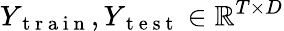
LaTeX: Y_{\mathrm{~t~r~a~i~n~}},Y_{\mathrm{~t~e~s~t~}}\in\mathbb{R}^{T\times D}